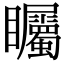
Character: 矚